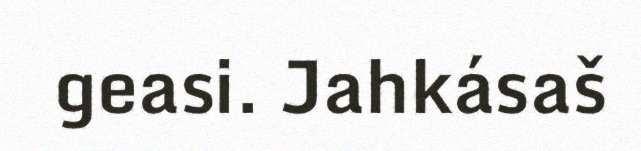
geasi. Jahkásaš